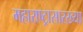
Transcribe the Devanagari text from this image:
महाराष्ट्रासारख्‍या